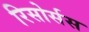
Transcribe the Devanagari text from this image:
रिसोर्सस